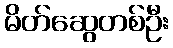
မိတ်ဆွေတစ်ဦး